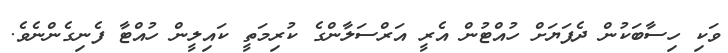
ވަކި ހިސާބަކުން ދެފަޔަށް ހުއްޓުން އެރީ އަރްސަލާންގެ ކުރިމަތީ ކައިލީން ހުއްޓާ ފެނިގެންނެވެ.